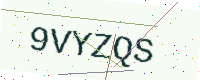
Text: 9VYZQS